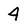
Character: 4